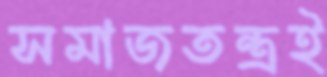
সমাজতন্ত্রই